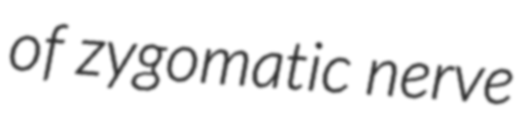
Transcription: of zygomatic nerve